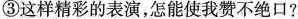
③这样精彩的表演，怎能使我赞不绝口?